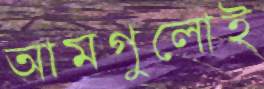
আমগুলোই